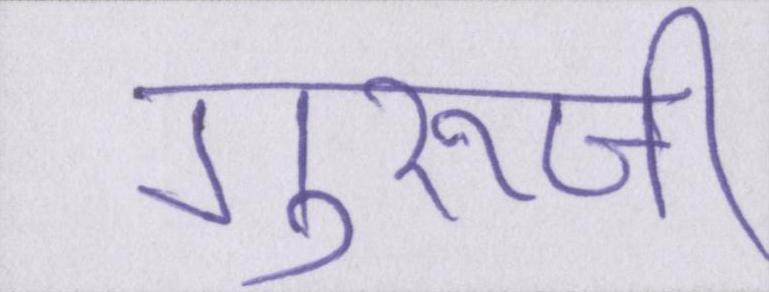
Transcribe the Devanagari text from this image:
गुरूजी